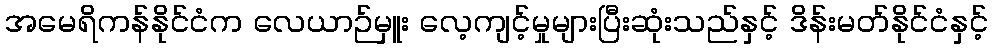
အမေရိကန်နိုင်ငံက လေယာဉ်မှူး လေ့ကျင့်မှုများပြီးဆုံးသည်နှင့် ဒိန်းမတ်နိုင်ငံနှင့်